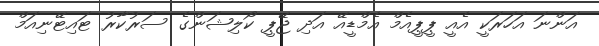
އަންނަ އަހަރަކީ އެއީ ޕީޕީއެމް އެމްޑީއޭ އަދި ޖޭޕީ ކޯލިޝަންގެ ސަރުކާރު ޓައިޓޭނިއަމް